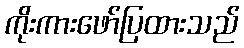
ကိုးကားဖော်ပြထားသည်